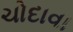
ચોદાવા